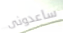
ساعدونى